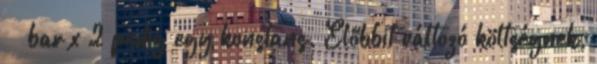
bar x 2 pedig egy konstans. Előbbit változó költségnek,